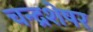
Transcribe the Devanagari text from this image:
चन्द्रशेषर